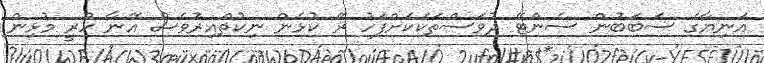
އަނިޔާގެ ސަބަބުން ސެންޓޭ ދުވަސްތަކަކަށްފަހު ރޭ ކުޅެން ނިކުތްއިރުވެސް އޭނާ ހުރީ މުޅިން